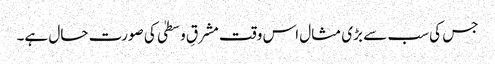
جس کی سب سے بڑی مثال اس وقت مشرقِ وسطیٰ کی صورت حال ہے۔